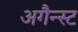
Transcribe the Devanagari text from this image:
अगैन्स्ट